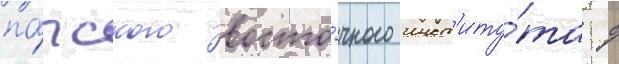
па́пского восто́чного инст'иту́та с